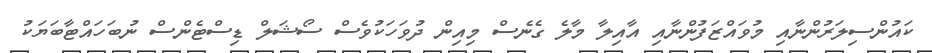
ކައުންސިލަރުންނާއި މުވައްޒަފުންނާއި އާއިލާ މާލެ ގެނެސް މިއިން ދުވަހަކުވެސް ސޯޝަލް ޑިސްޓެންސް ނުބަހައްޓާބަޔަކު